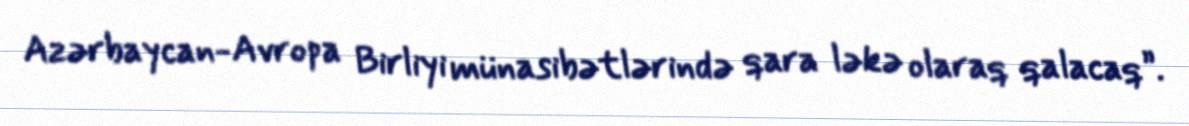
Azərbaycan-Avropa Birliyi münasibətlərində qara ləkə olaraq qalacaq”.